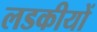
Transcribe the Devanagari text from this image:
लडकीयों